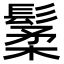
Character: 䰆